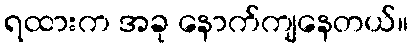
ရထားက အခု နောက်ကျနေတယ်။